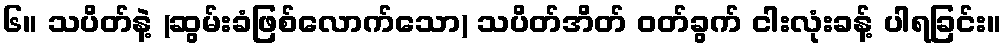
၆။ သပိတ်နဲ့ (ဆွမ်းခံဖြစ်လောက်သော) သပိတ်အိတ် ဝတ်ခွက် ငါးလုံးခန့် ပါရခြင်း။